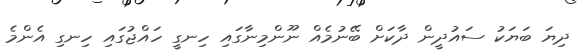
ދިޔަ ބަޔަކު ސައުދީން ދާކަށް ބޭނުމެއް ނޫންމިނާގައި ހިނގީ ހައްޖުގައި ހިނގި އެންމެ